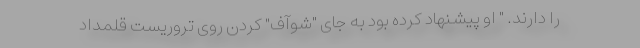
را دارند. " او پیشنهاد کرده بود به جای "شوآف" کردن روی تروریست قلمداد